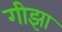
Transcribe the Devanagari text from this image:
गीझा